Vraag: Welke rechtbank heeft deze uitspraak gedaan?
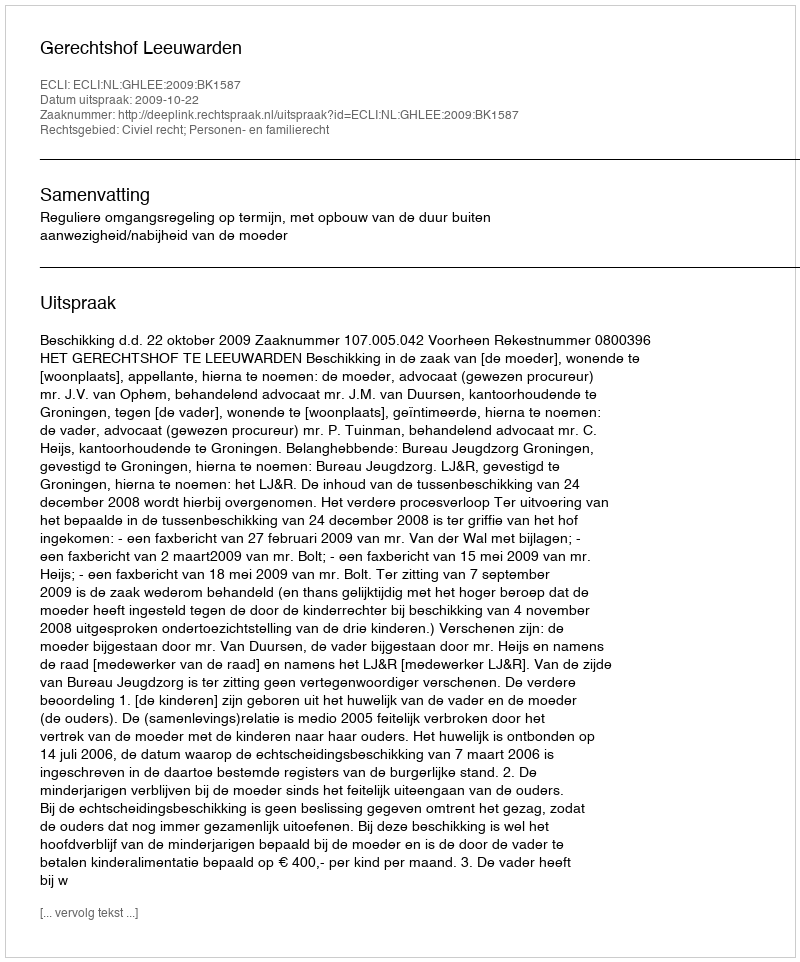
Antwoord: Gerechtshof Leeuwarden